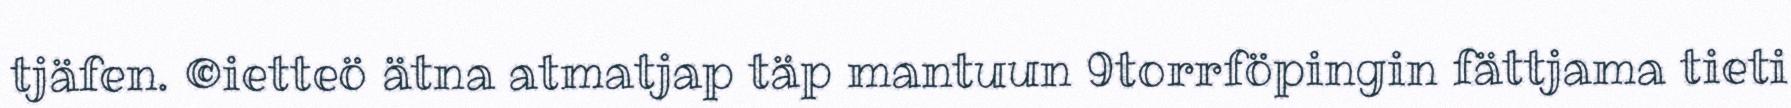
tjäfen. ©ietteö ätna atmatjap täp mantuun 9torrföpingin fättjama tieti